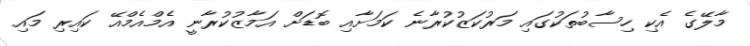
މާލޭގެ އެކި ހިސާބުތަކުގައި މަރުކަޒުކުރާނެ ކަމަށާއި ބޮޑަށް އަމާޒުކުރާނީ އެމްއެމްއޭ ކައިރި މައި